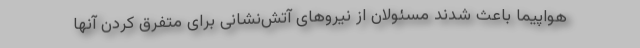
هواپیما باعث شدند مسئولان از نیروهای آتش‌نشانی برای متفرق کردن آنها